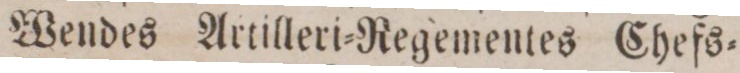
Wendes Artilleri=Regementes Chefs=